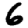
Digit: 6